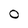
Character: 0